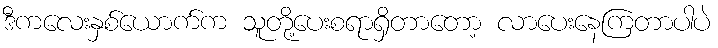
ဒီကလေးနှစ်ယောက်က သူတို့ပေးစရာရှိတာတော့ လာပေးနေကြတာပါပဲ